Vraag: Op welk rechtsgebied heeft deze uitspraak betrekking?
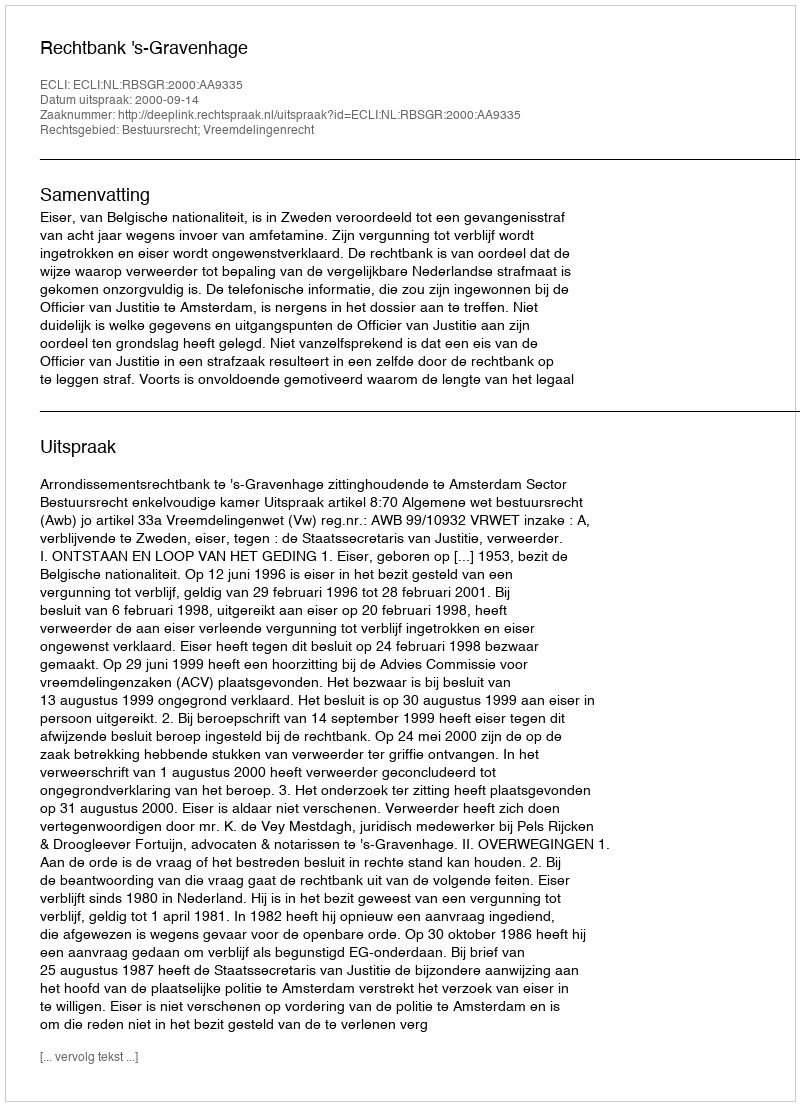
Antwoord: Bestuursrecht; Vreemdelingenrecht